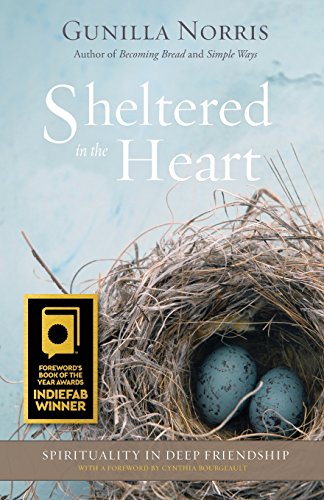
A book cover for Sheltered in the Heart; Gunilla Norris; Self-Help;